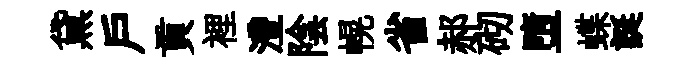
黛戶貢裡灃陰幌省郝砌墮蝶誕